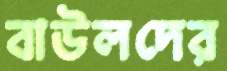
বাউলদের